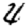
Digit: 4